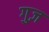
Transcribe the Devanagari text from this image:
गुज़